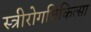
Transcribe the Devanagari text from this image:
स्त्रीरोगचिकित्सा